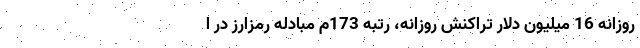
روزانه 16 میلیون دلار تراکنش روزانه، رتبه 173م مبادله رمزارز در ا